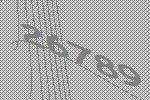
26789